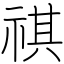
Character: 祺